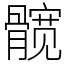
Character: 髋